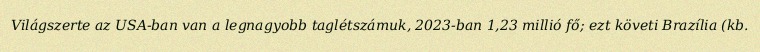
Világszerte az USA-ban van a legnagyobb taglétszámuk, 2023-ban 1,23 millió fő; ezt követi Brazília (kb.